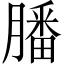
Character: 膰